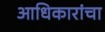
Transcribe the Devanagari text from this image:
आधिकारांचा